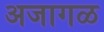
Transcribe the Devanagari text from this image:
अजागळ